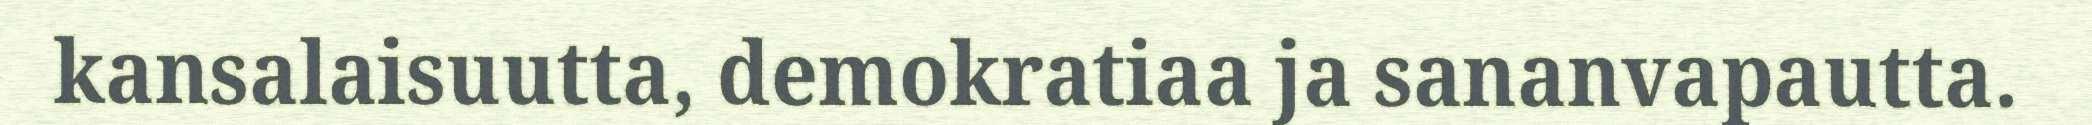
kansalaisuutta, demokratiaa ja sananvapautta.